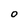
Character: 0